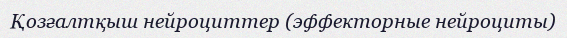
Қозғалтқыш нейроциттер (эффекторные нейроциты)